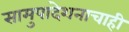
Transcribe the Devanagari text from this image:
सामुपादेशनाचाही